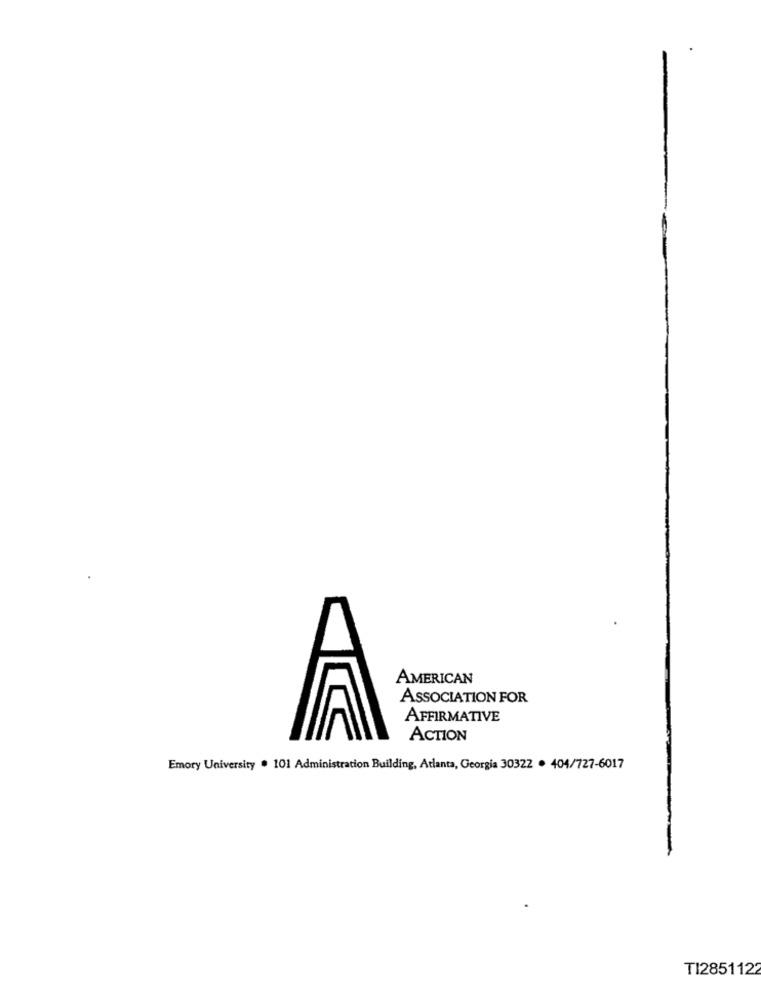
AMERICAN
ASSOCIATION FOR
AFFIRMATIVE
ACTION
Emory University . 101 Administration Building, Atlanta, Georgia 30322 . 404/727-6017
TI2851122